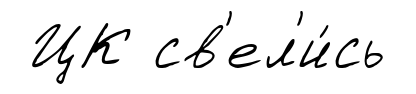
ЦК св'ел'и́сь